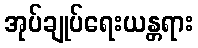
အုပ်ချုပ်ရေးယန္တရား